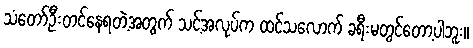
သံတော်ဦးတင်နေရတဲ့အတွက် သင့်အလုပ်က ထင်သလောက် ခရီးမတွင်တော့ပါဘူး။